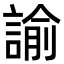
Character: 諭